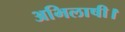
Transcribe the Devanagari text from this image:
अभिलाषी।